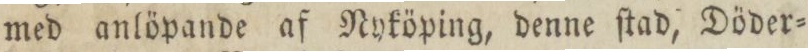
med anlöpande af Nyköping, denne ſtad, Döder=